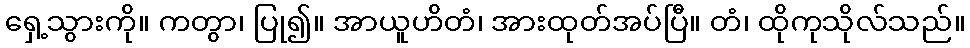
ရှေ့သွားကို။ ကတွာ၊ ပြု၍။ အာယူဟိတံ၊ အားထုတ်အပ်ပြီ။ တံ၊ ထိုကုသိုလ်သည်။